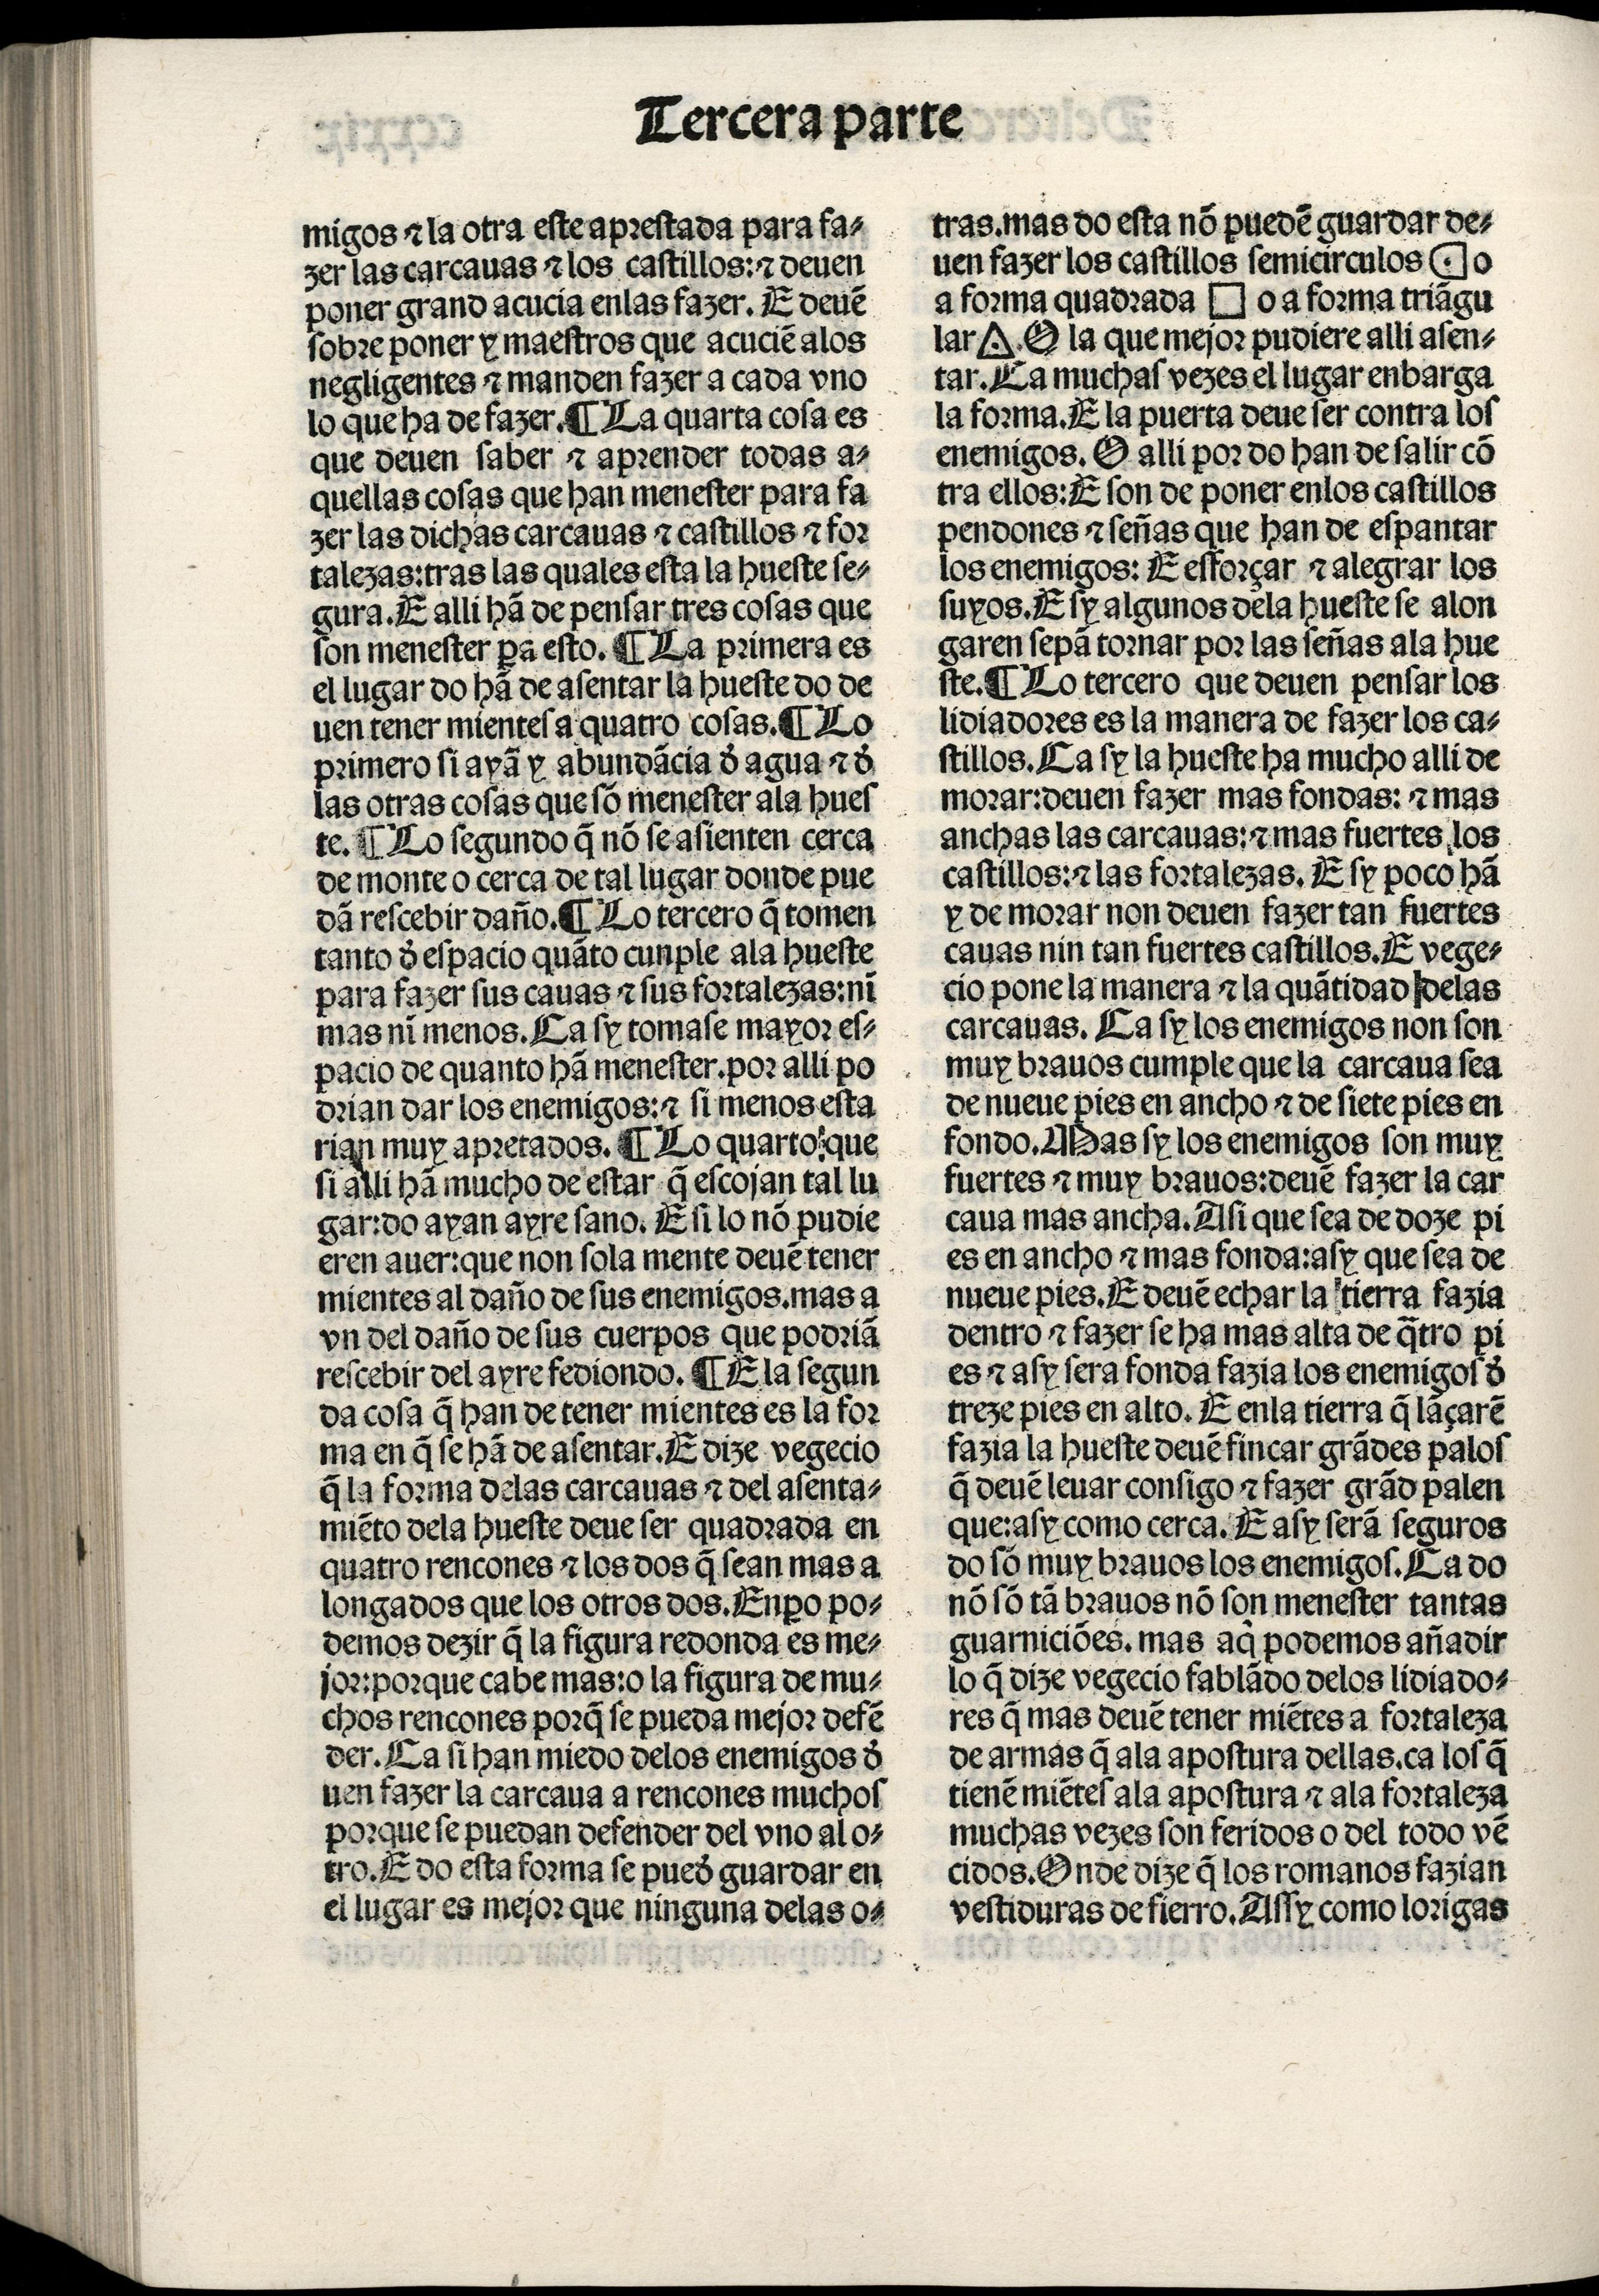
Shelfmark: Madrid, BNE, Inc. 901
Century: 15